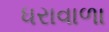
ધરાવાળા